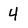
Character: 4